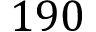
1 9 0